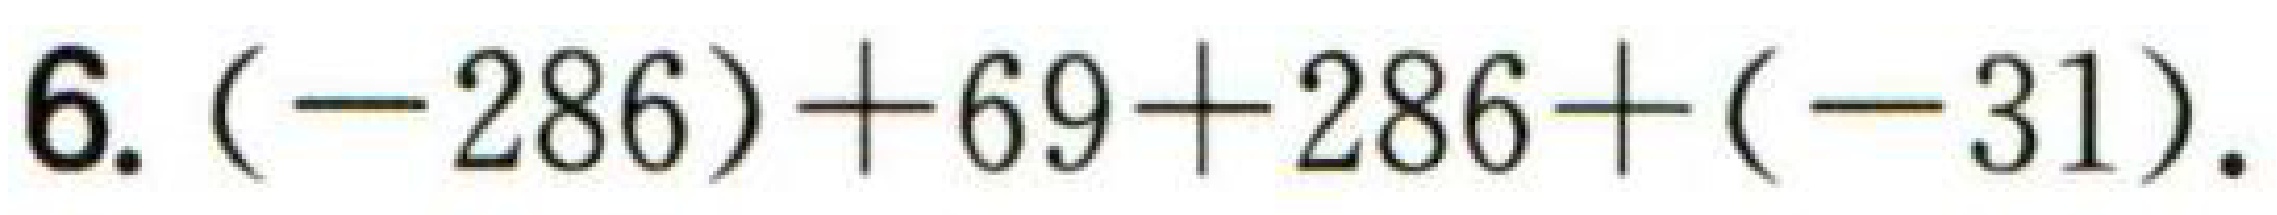
$6.(-286)+69 + 286+(-31).$